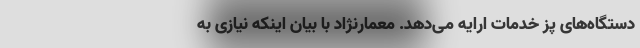
دستگاه‌های پز خدمات ارایه می‌دهد. معمارنژاد با بیان اینکه نیازی به